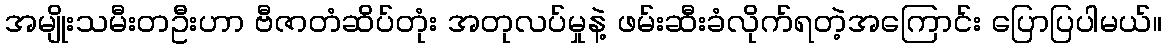
အမျိုးသမီးတဦးဟာ ဗီဇာတံဆိပ်တုံး အတုလပ်မှုနဲ့ ဖမ်းဆီးခံလိုက်ရတဲ့အကြောင်း ပြောပြပါမယ်။